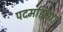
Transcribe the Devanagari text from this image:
पदमहिमा